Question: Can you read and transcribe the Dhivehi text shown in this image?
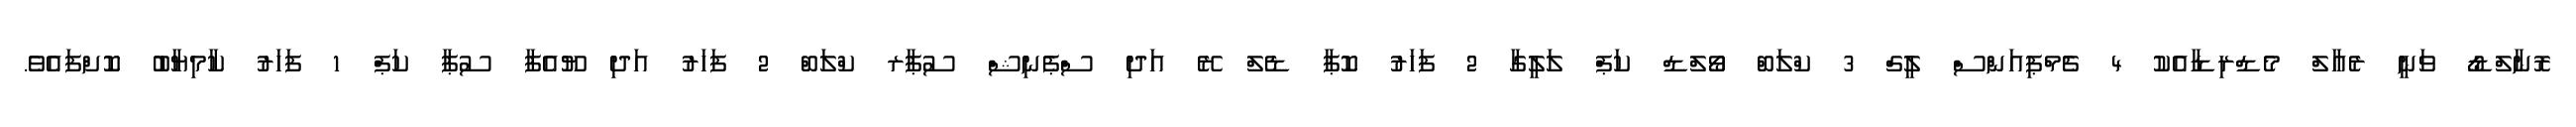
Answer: ރޮނާލްޑޯ ވަނީ ރެއާލް މެޑްރިޑާއެކު 4 ޗެމްޕިއަންސް ލީގް 3 ކްލަބް ވޯލްޑް ކަޕް ލަލީގާ 2 ފަހަރު ކޮޕާ ޑެލް ރޭ އަދި ސްޕެނިޝް ސުޕާރ ކްލަބް 2 ފަހަރު އަދި ޔޫއެފާ ސުޕާ ކަޕް 1 ފަހަރު ކާމިޔާބު ކޮށްފައެވެ.